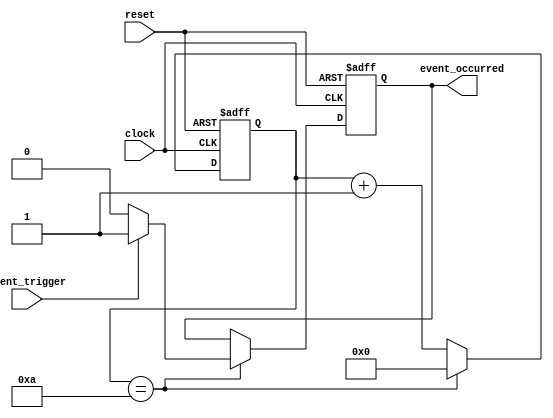
module Timing_Control_Synchronization_Block (
    input wire clock,
    input wire reset,
    input wire event_trigger,
    output reg event_occurred
);

// Parameters for setting time intervals
parameter TIME_INTERVAL = 10;

// Internal register for counting time intervals
reg [7:0] counter;

always @ (posedge clock or posedge reset) begin
    if (reset) begin
        counter <= 0;
        event_occurred <= 0;
    end else begin
        if (counter == TIME_INTERVAL) begin
            counter <= 0;
            if (event_trigger) begin
                event_occurred <= 1;
            end else begin
                event_occurred <= 0;
            end
        end else begin
            counter <= counter + 1;
        end
    end
end

endmodule